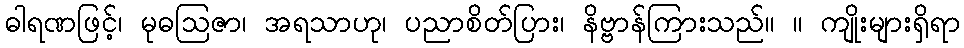
ဓါရဏဖြင့်၊ မုဓဩဇာ၊ အရသာဟု၊ ပညာစိတ်ပြား၊ နိဗ္ဗာန်ကြားသည်။ ။ ကျိုးများရှိရာ